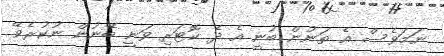
ނަމަވެސް އެ ތަނުން ބުނީ އެ ދެ ކޮޓަރި ވަނީ ބޭނުން ނުކުރެވޭ